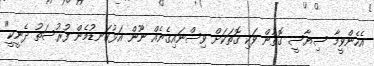
އެހެންވީމާ ސިޔާސީ ގޮތުން ވަކި ގޮތަކަށް ވިސްނައިގެނެއް ނޫން އަޅުގަނޑުމެން ފުރުސަތު ދެނީކީ"